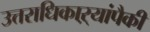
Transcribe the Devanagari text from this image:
उत्तराधिकाऱ्यांपैकी